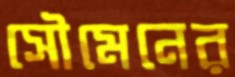
সৌমেনের